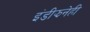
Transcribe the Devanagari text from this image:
इंडीझनेही